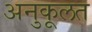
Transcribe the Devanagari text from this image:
अनुकूलत